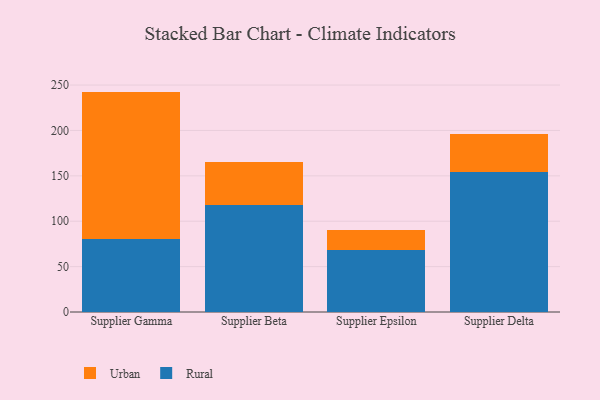
{"axis": {"x": "Supplier", "y": "Churn Rate (%)"}, "legend": ["Rural", "Urban"], "data": [{"x": "Supplier Gamma", "y": 80.6, "type": "Rural"}, {"x": "Supplier Gamma", "y": 162.2, "type": "Urban"}, {"x": "Supplier Beta", "y": 117.4, "type": "Rural"}, {"x": "Supplier Beta", "y": 47.5, "type": "Urban"}, {"x": "Supplier Epsilon", "y": 68.1, "type": "Rural"}, {"x": "Supplier Epsilon", "y": 22.7, "type": "Urban"}, {"x": "Supplier Delta", "y": 153.7, "type": "Rural"}, {"x": "Supplier Delta", "y": 42.5, "type": "Urban"}]}